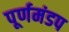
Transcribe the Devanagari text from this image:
पूर्णमंडप